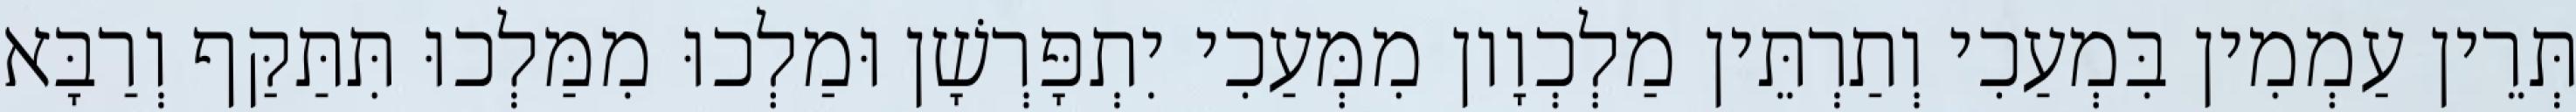
תְּרֵין עַמְמִין בִּמְעַכִי וְתַרְתֵּין מַלְכְוָון מִמְּעַכִי יִתְפָּרְשָׁן וּמַלְכוּ מִמַּלְכוּ תִּתַּקַּף וְרַבָּא